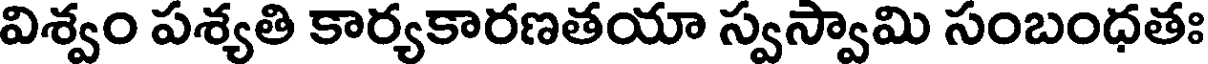
విశ్వం పశ్యతి కార్యకారణతయా స్వస్వామి సంబంధతః